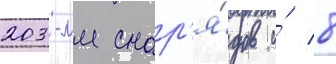
203-мм снар'я́дов и́ 8